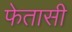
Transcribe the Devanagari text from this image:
फेतासी